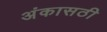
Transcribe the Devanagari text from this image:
अंकासठी